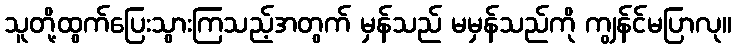
သူတို့ထွက်ပြေးသွားကြသည့်အတွက် မှန်သည် မမှန်သည်ကို ကျွန်င်မပြာလု။